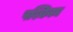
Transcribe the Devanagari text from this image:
पश्चिनम